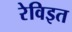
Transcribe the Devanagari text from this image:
रेविइत